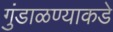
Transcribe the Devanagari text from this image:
गुंडाळण्याकडे